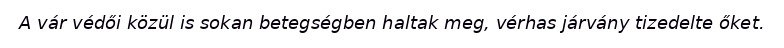
A vár védői közül is sokan betegségben haltak meg, vérhas járvány tizedelte őket.